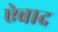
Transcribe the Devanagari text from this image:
ऐबाद